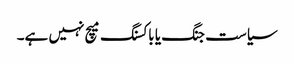
سیاست جنگ یا باکسنگ میچ نہیں ہے۔